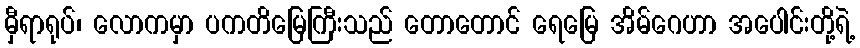
မှီရာရုပ်၊ လောကမှာ ပကတိမြေကြီးသည် တောတောင် ရေမြေ အိမ်ဂေဟာ အပေါင်းတို့ရဲ့